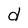
Character: d